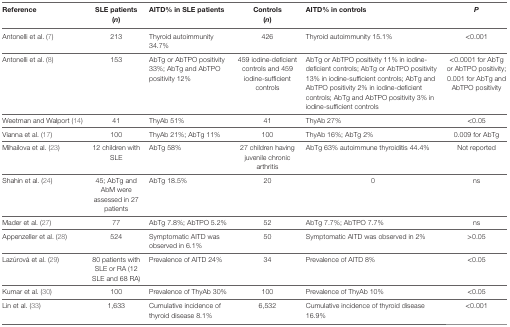
| Reference | SLE patients (n) | AITD% in SLE patients | Controls (n) | AITD% in controls | P |
 | --- | --- | --- | --- | --- | --- |
 | Antonelli et al. (7) | 213 | Thyroid autoimmunity 34.7% | 426 | Thyroid autoimmunity 15.1% | <0.001 |
 | Antonelli et al. (8) | 153 | AbTg or AbTPO positivity 33%; AbTg and AbTPO positivity 12% | 459 iodine-deficient controls and 459 iodine-sufficient controls | AbTg or AbTPO positivity 11% in iodine-deficient controls; AbTg or AbTPO positivity 13% in iodine-sufficient controls; AbTg and AbTPO positivity 2% in iodine-deficient controls; AbTg and AbTPO positivity 3% in iodine-sufficient controls | <0.0001 for AbTg or AbTPO positivity; 0.001 for AbTg and AbTPO positivity |
 | Weetman and Walport (14) | 41 | ThyAb 51% | 41 | ThyAb 27% | <0.05 |
 | Vianna et al. (17) | 100 | ThyAb 21%; AbTg 11% | 100 | ThyAb 16%; AbTg 2% | 0.009 for AbTg |
 | Mihailova et al. (23) | 12 children with SLE | AbTg 58% | 27 children having juvenile chronic arthritis | AbTg 63% autoimmune thyroiditis 44.4% | Not reported |
 | Shahin et al. (24) | 45; AbTg and AbM were assessed in 27 patients | AbTg 18.5% | 20 | 0 | ns |
 | Mader et al. (27) | 77 | AbTg 7.8%; AbTPO 5.2% | 52 | AbTg 7.7%; AbTPO 7.7% | ns |
 | Appenzeller et al. (28) | 524 | Symptomatic AITD was observed in 6.1% | 50 | Symptomatic AITD was observed in 2% | >0.05 |
 | Lazúrová et al. (29) | 80 patients with SLE or RA (12 SLE and 68 RA) | Prevalence of AITD 24% | 34 | Prevalence of AITD 8% | <0.05 |
 | Kumar et al. (30) | 100 | Prevalence of ThyAb 30% | 100 | Prevalence of ThyAb 10% | <0.05 |
 | Lin et al. (33) | 1,633 | Cumulative incidence of thyroid disease 8.1% | 6,532 | Cumulative incidence of thyroid disease 16.9% | <0.001 |